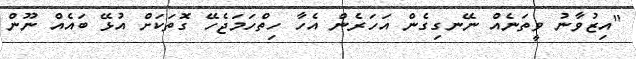
"އިޒުވާނު ވީތަނެއް ނޭނގިގެން އަހަރެން އެހާ ހިތްހަމަޖެހޭ ގޮތަކަށް އުޅޭ ބައެއް ނޫން